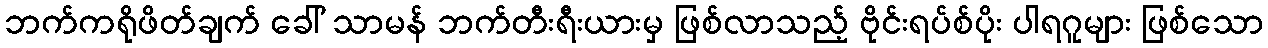
ဘက်ကရိုဖိတ်ချက် ခေါ် သာမန် ဘက်တီးရီးယားမှ ဖြစ်လာသည့် ဗိုင်းရပ်စ်ပိုး ပါရဂူများ ဖြစ်သော